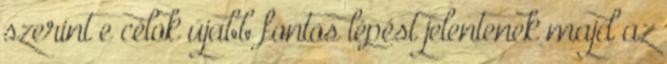
szerint e célok újabb fontos lépést jelentenek majd az